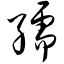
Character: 孺